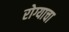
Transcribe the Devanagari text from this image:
रोग्याचा